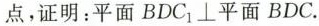
点，证明：平面BDC_{1}\bot平面BDC。